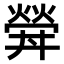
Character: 𤍧